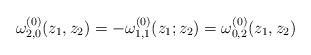
LaTeX: \begin{align*}\omega^{(0)}_{2,0}(z_1,z_2)=-\omega^{(0)}_{1,1}(z_1;z_2)=\omega^{(0)}_{0,2}(z_1,z_2)\end{align*}